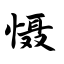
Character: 慑